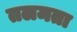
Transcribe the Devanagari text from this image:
तलमता